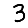
Digit: 3